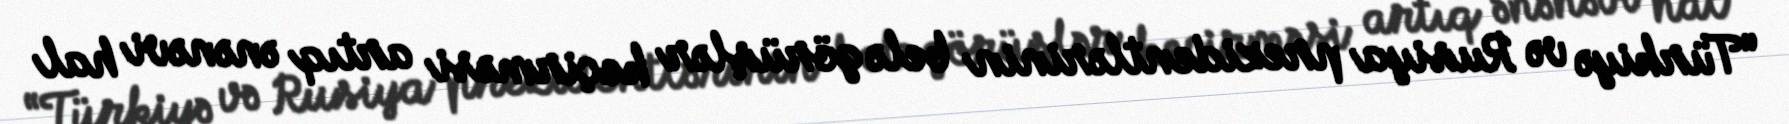
“Türkiyə və Rusiya prezidentlərinin belə görüşlər keçirməsi artıq ənənəvi hal